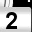
Digit: 2